Indian journal of veterinary science and animal husbandry - Volume 13,
Year: 1943
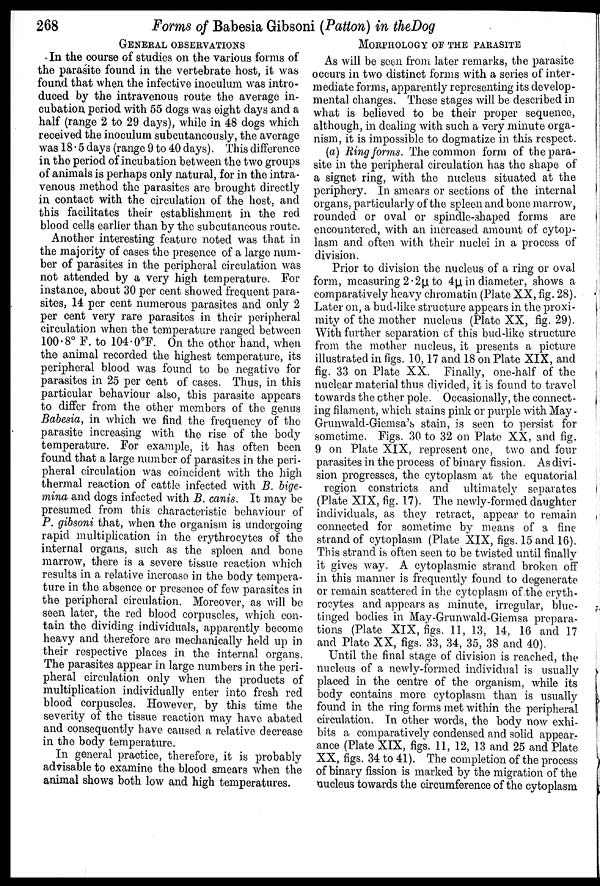
268
Forms of Babesia Gibsoni (Patton) in the Dog
GENERAL OBSERVATIONS
In the course of studies on the various forms of
the parasite found in the vertebrate host, it was
found that when the infective inoculum was intro-
duced by the intravenous route the average in-
cubation period with 55 dogs was eight days and a
half (range 2 to 29 days), while in 48 dogs which
received the inoculum subcutaneously, the average
was 18.5 days (range 9 to 40 days). This difference
in the period of incubation between the two groups
of animals is perhaps only natural, for in the intra-
venous method the parasites are brought directly
in contact with the circulation of the host, and
this facilitates their establishment in the red
blood cells earlier than by the subcutaneous route.
Another interesting feature noted was that in
the majority of cases the presence of a large num-
ber of parasites in the peripheral circulation was
not attended by a very high temperature. For
instance, about 30 per cent showed frequent para-
sites, 14 per cent numerous parasites and only 2
per cent very rare parasites in their peripheral
circulation when the temperature ranged between
100.8° F. to 104.0°F. On the other hand, when
the animal recorded the highest temperature, its
peripheral blood was found to be negative for
parasites in 25 per cent of cases. Thus, in this
particular behaviour also, this parasite appears
to differ from the other members of the genus
Babesia, in which we find the frequency of the
parasite increasing with the rise of the body
temperature. For example, it has often been
found that a large number of parasites in the peri-
pheral circulation was coincident with the high
thermal reaction of cattle infected with B. bige-
mina and dogs infected with B. canis. It may be
presumed from this characteristic behaviour of
P. gibsoni that, when the organism is undergoing
rapid multiplication in the erythrocytes of the
internal organs, such as the spleen and bone
marrow, there is a severe tissue reaction which
results in a relative increase in the body tempera-
ture in the absence or presence of few parasites in
the peripheral circulation. Moreover, as will be
seen later, the red blood corpuscles, which con-
tain the dividing individuals, apparently become
heavy and therefore are mechanically held up in
their respective places in the internal organs.
The parasites appear in large numbers in the peri-
pheral circulation only when the products of
multiplication individually enter into fresh red
blood corpuscles. However, by this time the
severity of the tissue reaction may have abated
and consequently have caused a relative decrease
in the body temperature.
In general practice, therefore, it is probably
advisable to examine the blood smears when the
animal shows both low and high temperatures.
MORPHOLOGY OF THE PARASITE
As will be seen from later remarks, the parasite
occurs in two distinct forms with a series of inter-
mediate forms, apparently representing its develop-
mental changes. These stages will be described in
what is believed to be their proper sequence,
although, in dealing with such a very minute orga-
nism, it is impossible to dogmatize in this respect.
(a) Ring forms. The common form of the para-
site in the peripheral circulation has the shape of
a signet ring, with the nucleus situated at the
periphery. In smears or sections of the internal
organs, particularly of the spleen and bone marrow,
rounded or oval or spindle-shaped forms are
encountered, with an increased amount of cytop-
lasm and often with their nuclei in a process of
division.
Prior to division the nucleus of a ring or oval
form, measuring 2.2µ to 4µ in diameter, shows a
comparatively heavy chromatin (Plate XX, fig. 28).
Later on, a bud-like structure appears in the proxi-
mity of the mother nucleus (Plate XX, fig. 29).
With further separation of this bud-like structure
from the mother nucleus, it presents a picture
illustrated in figs. 10, 17 and 18 on Plate XIX, and
fig. 33 on Plate XX. Finally, one-half of the
nuclear material thus divided, it is found to travel
towards the other pole. Occasionally, the connect-
ing filament, which stains pink or purple with May -
Grunwald-Giemsa's stain, is seen to persist for
sometime. Figs. 30 to 32 on Plate XX, and fig.
9 on Plate XIX, represent one, two and four
parasites in the process of binary fission. As divi-
sion progresses, the cytoplasm at the equatorial
region constricts and ultimately separates
(Plate XIX, fig. 17). The newly-formed daughter
individuals, as they retract, appear to remain
connected for sometime by means of a fine
strand of cytoplasm (Plate XIX, figs. 15 and 16).
This strand is often seen to be twisted until finally
it gives way. A cytoplasmic strand broken off
in this manner is frequently found to degenerate
or remain scattered in the cytoplasm of the eryth-
rocytes and appears as minute, irregular, blue-
tinged bodies in May-Grunwald-Giemsa prepara-
tions (Plate XIX, figs. 11, 13, 14, 16 and 17
and Plate XX, figs. 33, 34, 35, 38 and 40).
Until the final stage of division is reached, the
nucleus of a newly-formed individual is usually
placed in the centre of the organism, while its
body contains more cytoplasm than is usually
found in the ring forms met within the peripheral
circulation. In other words, the body now exhi-
bits a comparatively condensed and solid appear-
ance (Plate XIX, figs. 11, 12, 13 and 25 and Plate
XX, figs. 34 to 41). The completion of the process
of binary fission is marked by the migration of the
nucleus towards the circumference of the cytoplasm